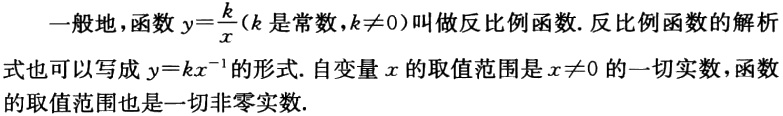
一般地，函数 \(y = \frac{k}{x}\)（\(k\) 是常数，\(k\neq0\)）叫做反比例函数. 反比例函数的解析式也可以写成 \(y = kx^{-1}\) 的形式. 自变量 \(x\) 的取值范围是 \(x\neq0\) 的一切实数，函数的取值范围也是一切非零实数.